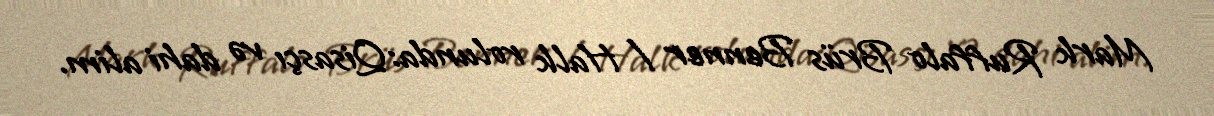
Mark Ruffalo Brüs Benner / Halk rolunda:Qisasçı və dahi alim.